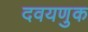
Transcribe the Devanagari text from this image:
दवयणुक